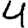
Digit: 4